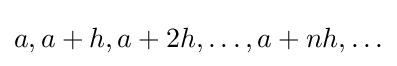
a,a+h,a+2h,\ldots ,a+nh,\ldots